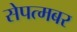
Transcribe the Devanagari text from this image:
सेपत्मबर